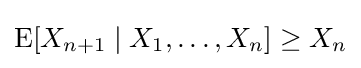
\operatorname {E} [X_{n+1}\mid X_{1},\ldots ,X_{n}]\geq X_{n}